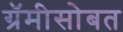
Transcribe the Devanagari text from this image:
ग्रॅमीसोबत